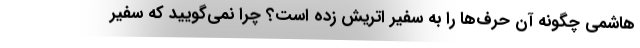
هاشمی چگونه آن حرف‌ها را به سفیر اتریش زده است؟ چرا نمی‌گویید که سفیر